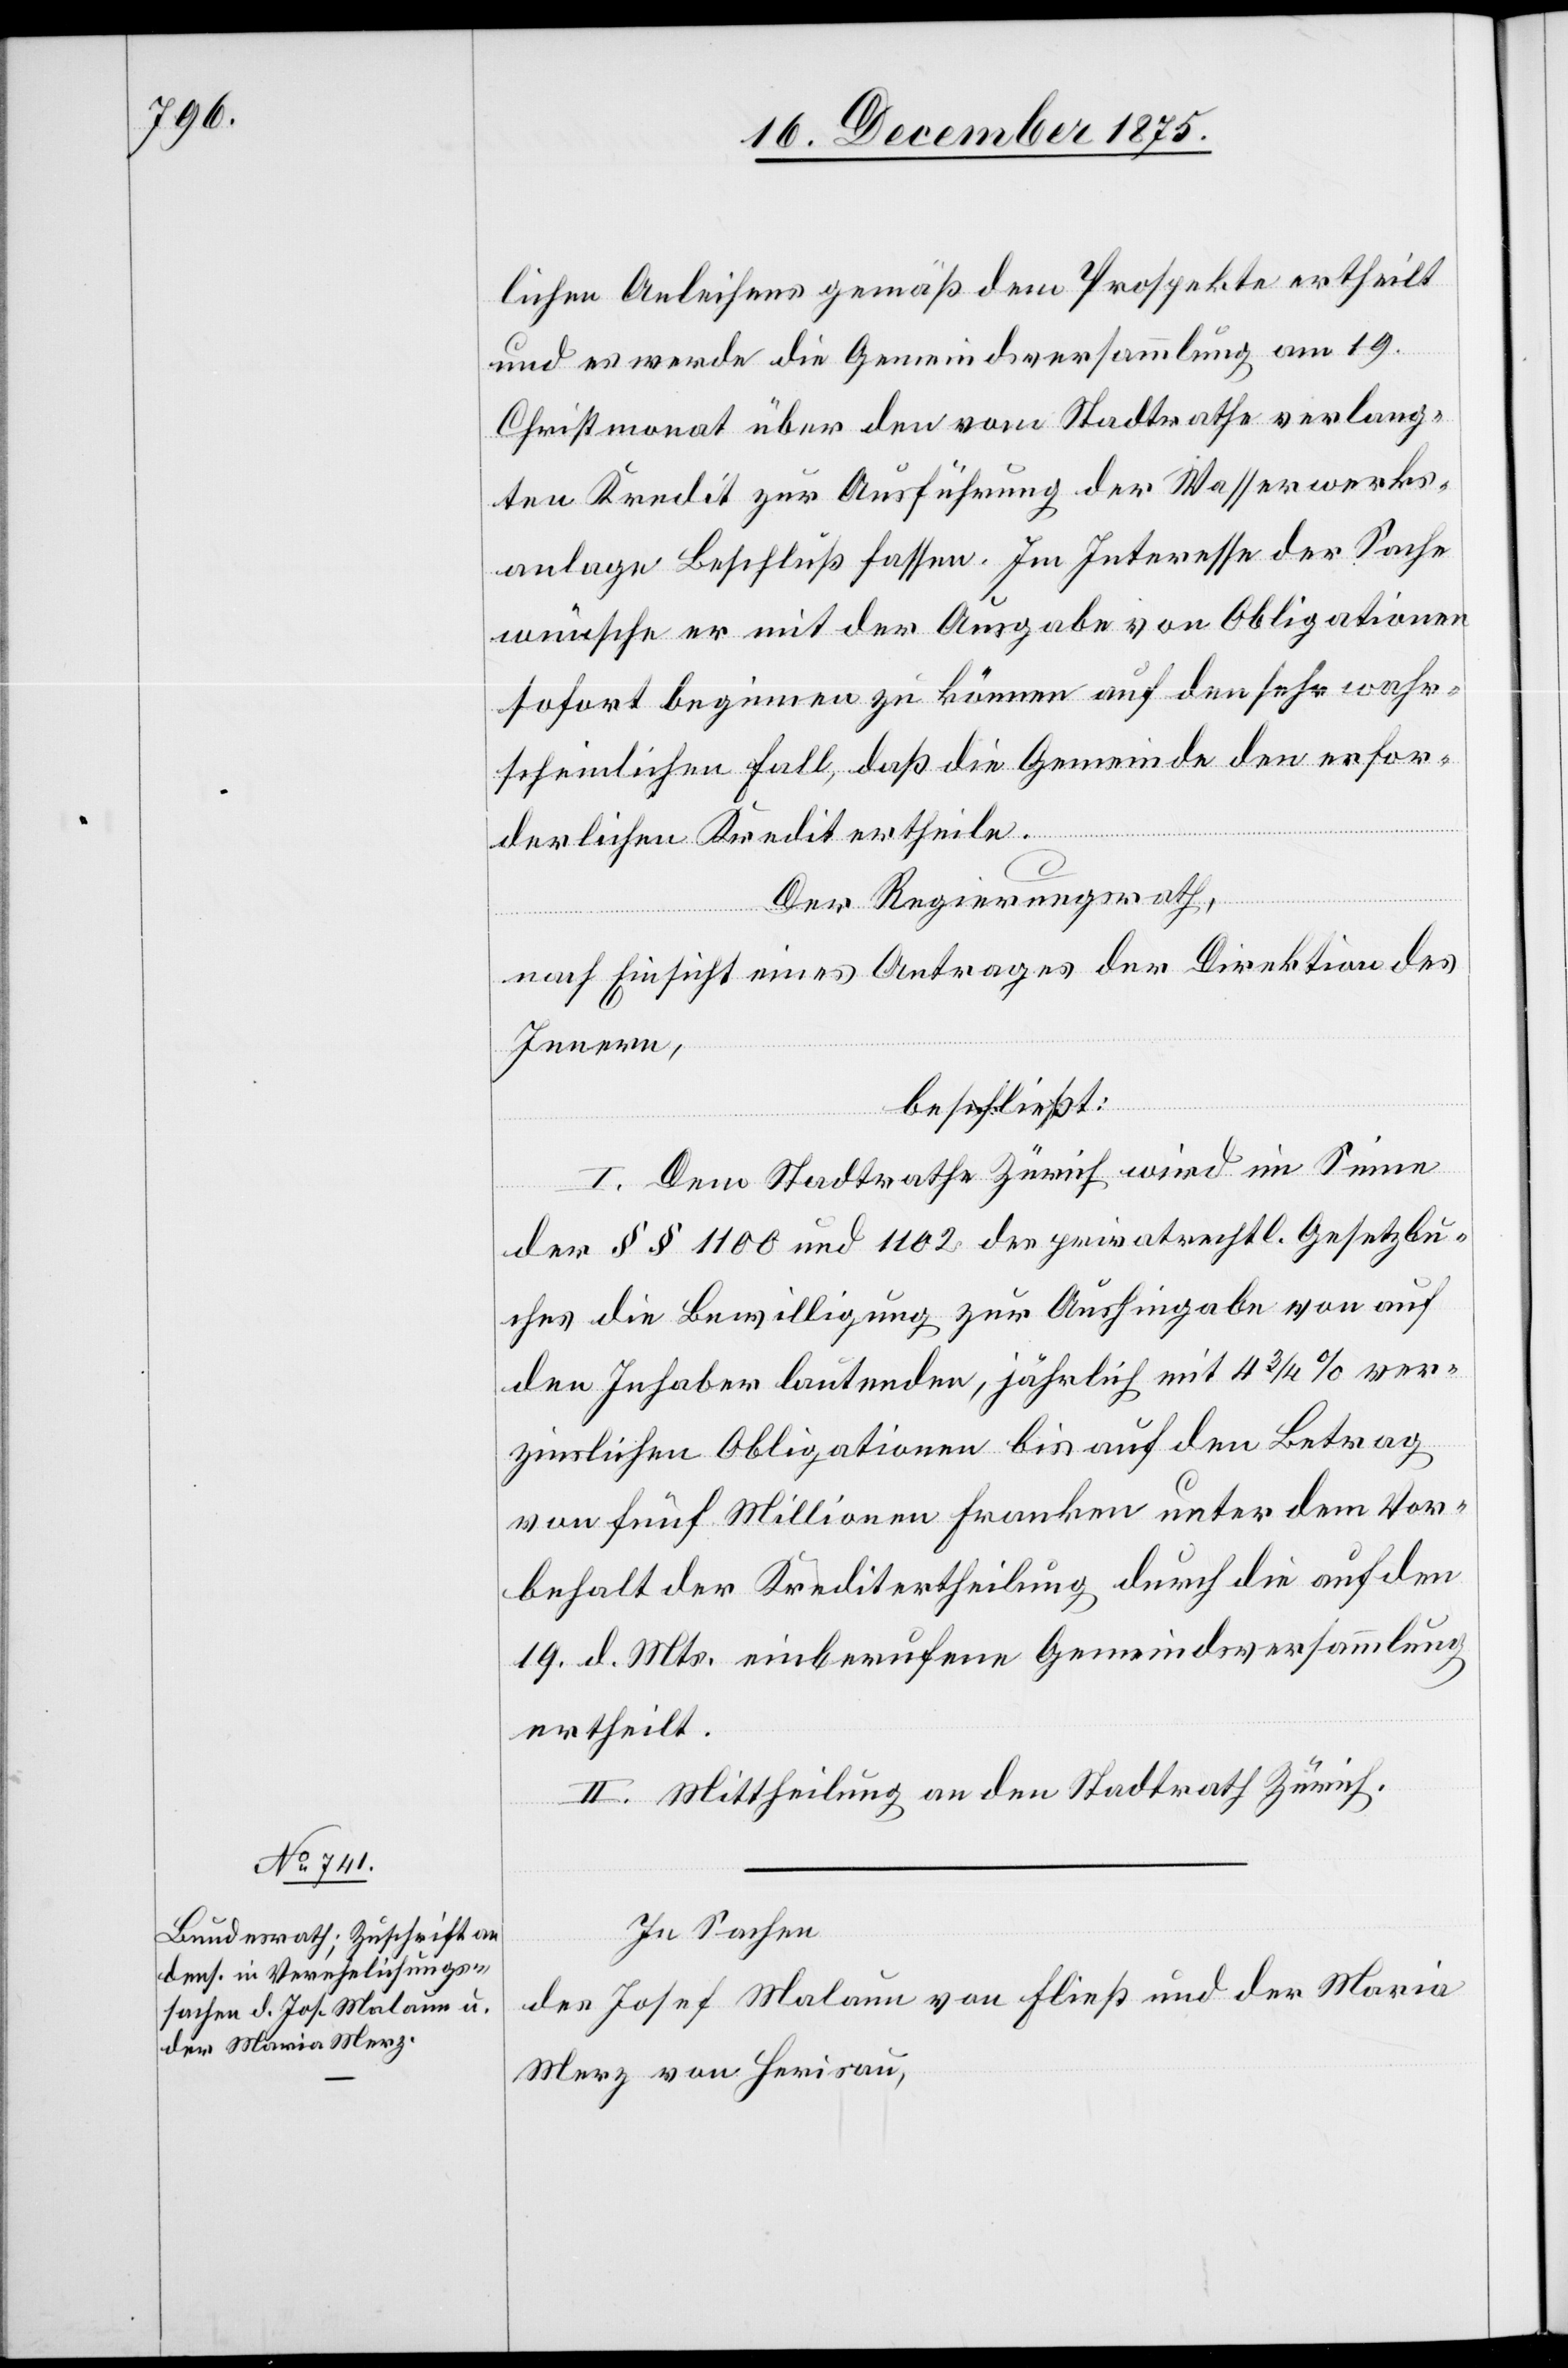
lichen Anleihens gemäß dem Prospekte ertheilt
und es werde die Gemeindsversammlung am 19.
Christmonat über den vom Stadtrathe verlang¬
ten Kredit zur Ausführung der Wasserwerks¬
anlage Beschluß fassen. Im Interesse der Sache
wünsche er mit der Ausgabe von Obligationen
sofort beginnen zu können auf den sehr wahr¬
scheinlichen Fall, daß die Gemeinde den erfor¬
derlichen Kredit ertheilt.
Der Regierungsrath,
nach Einsicht eines Antrages der Direktion des
Innern,
beschließt:
I. Dem Stadtrathe Zürich wird im Sinne
der §§ 1100 und 1102 des privatrechtl. Gesetzbu¬
ches die Bewilligung zur Aushingabe von auf
den Inhaber lautenden, jährlich mit 4 3/4% ver¬
zinslichen Obligationen bis auf den Betrag
von fünf Millionen Franken unter dem Vor¬
behalt der Kreditertheilung durch die auf den
19. d. Mts. einberufene Gemeindsversammlung
ertheilt.
II. Mittheilung an den Stadtrath Zürich.
In Sachen
des Josef Malaun von Fließ und der Maria
Merz von Herisau,